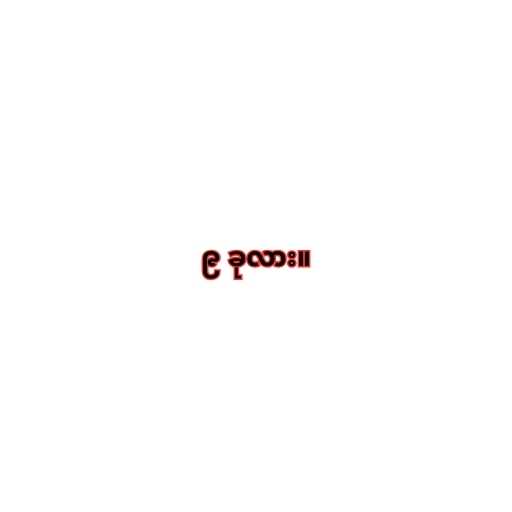
၉ ခုလား။